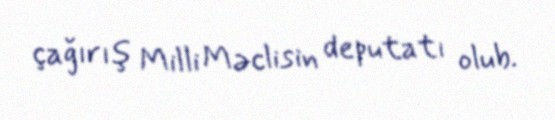
çağırış Milli Məclisin deputatı olub.